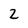
Character: 2